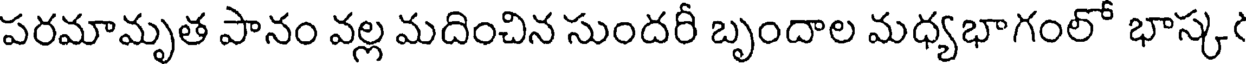
పరమామృత పానం వల్ల మదించిన సుందరీ బృందాల మధ్యభాగంలో భాస్క